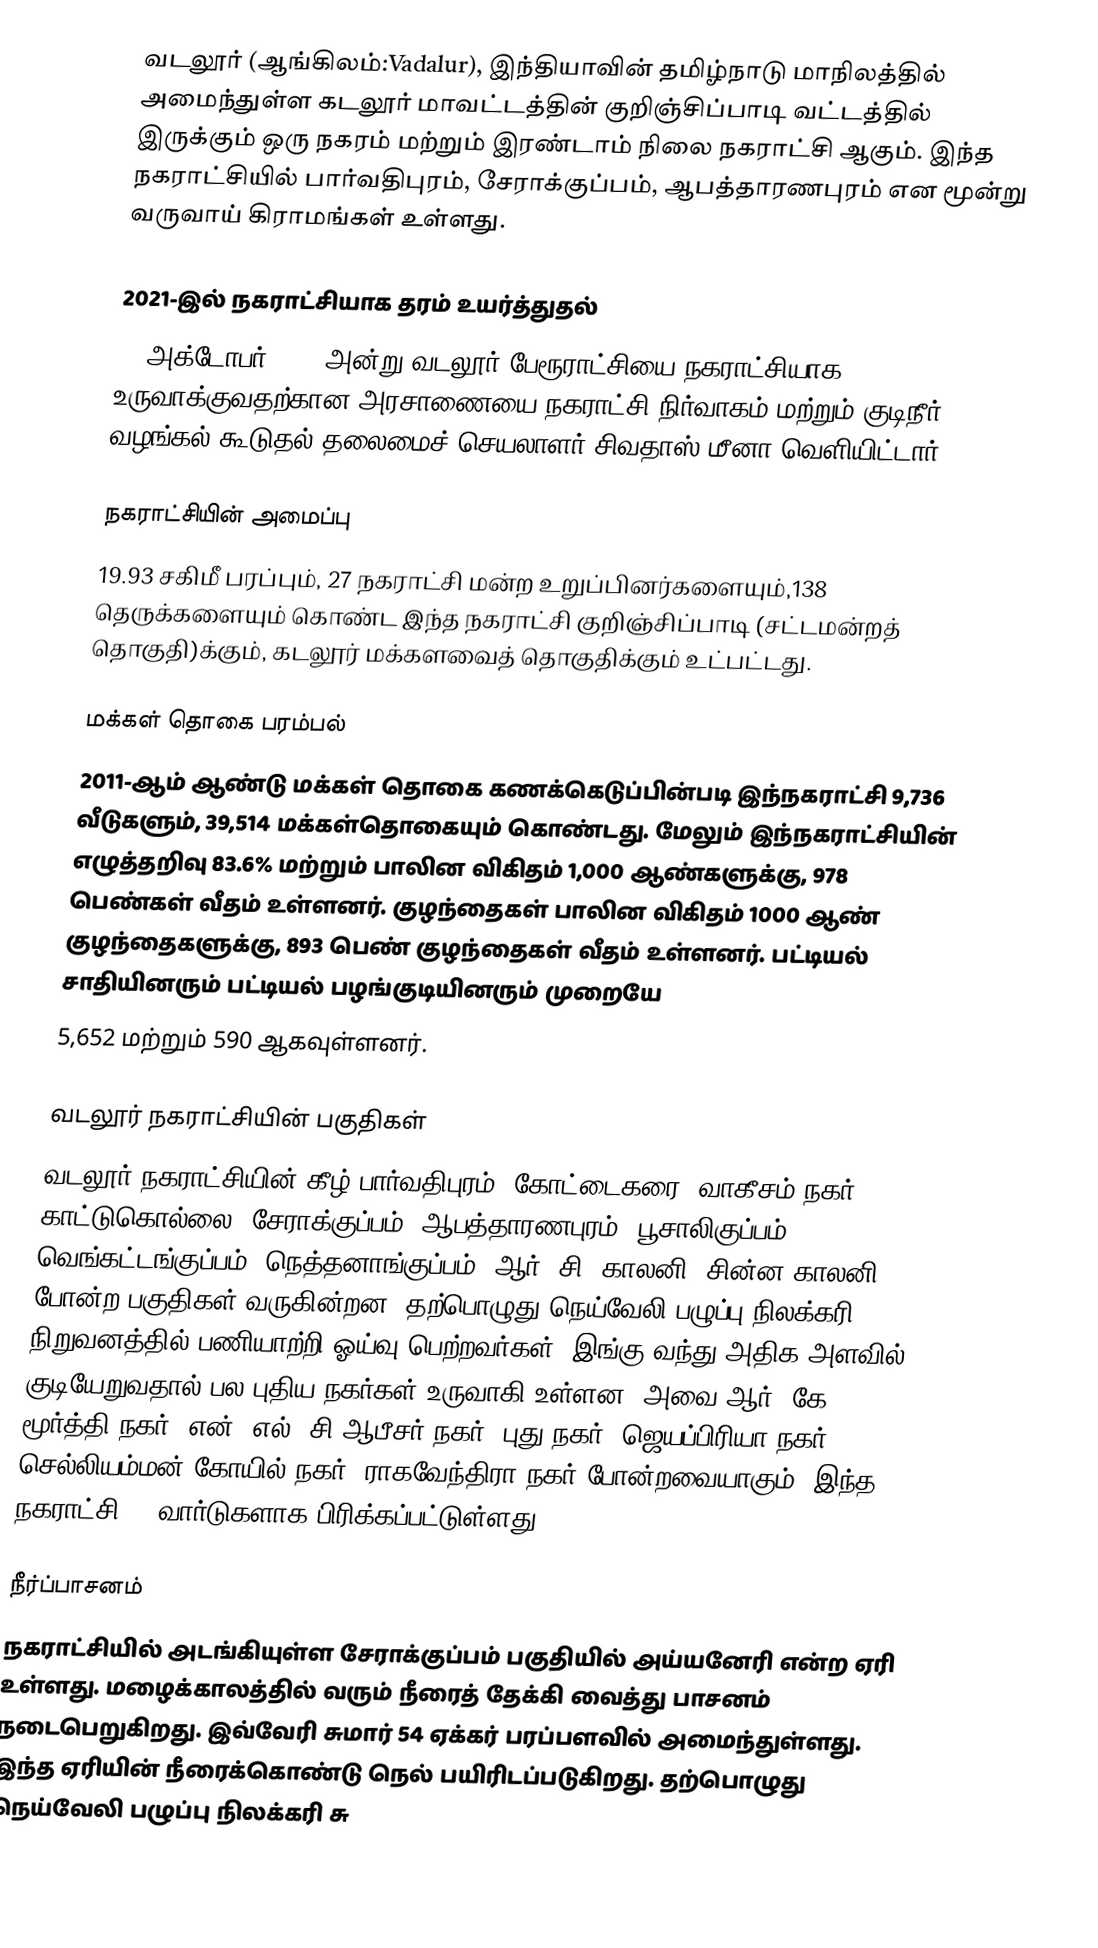
வடலூர் (ஆங்கிலம்:Vadalur), இந்தியாவின் தமிழ்நாடு மாநிலத்தில் அமைந்துள்ள கடலூர் மாவட்டத்தின் குறிஞ்சிப்பாடி வட்டத்தில் இருக்கும் ஒரு நகரம் மற்றும் இரண்டாம் நிலை நகராட்சி ஆகும். இந்த நகராட்சியில்  பார்வதிபுரம், சேராக்குப்பம், ஆபத்தாரணபுரம் என மூன்று வருவாய் கிராமங்கள் உள்ளது.

2021-இல் நகராட்சியாக தரம் உயர்த்துதல்
16 அக்டோபர் 2021 அன்று வடலூர் பேரூராட்சியை நகராட்சியாக உருவாக்குவதற்கான அரசாணையை  நகராட்சி நிர்வாகம் மற்றும் குடிநீர் வழங்கல் கூடுதல் தலைமைச் செயலாளர் சிவதாஸ் மீனா வெளியிட்டார்.

நகராட்சியின் அமைப்பு
19.93 சகிமீ பரப்பும், 27 நகராட்சி மன்ற உறுப்பினர்களையும்,138 தெருக்களையும் கொண்ட  இந்த நகராட்சி குறிஞ்சிப்பாடி (சட்டமன்றத் தொகுதி)க்கும், கடலூர் மக்களவைத் தொகுதிக்கும் உட்பட்டது.

மக்கள் தொகை பரம்பல்
2011-ஆம் ஆண்டு மக்கள் தொகை கணக்கெடுப்பின்படி   இந்நகராட்சி    9,736 வீடுகளும், 39,514 மக்கள்தொகையும் கொண்டது. மேலும் இந்நகராட்சியின் எழுத்தறிவு  83.6% மற்றும் பாலின விகிதம் 1,000 ஆண்களுக்கு, 978 பெண்கள் வீதம் உள்ளனர். குழந்தைகள் பாலின விகிதம் 1000 ஆண் குழந்தைகளுக்கு, 893 பெண் குழந்தைகள் வீதம் உள்ளனர்.  பட்டியல் சாதியினரும் பட்டியல் பழங்குடியினரும்  முறையே
5,652 மற்றும் 590 ஆகவுள்ளனர்.

வடலூர் நகராட்சியின் பகுதிகள்
வடலூர் நகராட்சியின் கீழ் பார்வதிபுரம், கோட்டைகரை, வாகீசம் நகர், காட்டுகொல்லை, சேராக்குப்பம், ஆபத்தாரணபுரம், பூசாலிகுப்பம், வெங்கட்டங்குப்பம், நெத்தனாங்குப்பம், ஆர். சி. காலனி, சின்ன காலனி போன்ற பகுதிகள் வருகின்றன.  தற்பொழுது நெய்வேலி பழுப்பு நிலக்கரி நிறுவனத்தில் பணியாற்றி ஓய்வு பெற்றவர்கள், இங்கு வந்து அதிக அளவில் குடியேறுவதால் பல புதிய நகர்கள் உருவாகி உள்ளன. அவை ஆர். கே. மூர்த்தி நகர், என். எல். சி ஆபீசர் நகர், புது நகர், ஜெயப்பிரியா நகர், செல்லியம்மன் கோயில் நகர், ராகவேந்திரா நகர் போன்றவையாகும். இந்த நகராட்சி 27 வார்டுகளாக பிரிக்கப்பட்டுள்ளது.

நீர்ப்பாசனம்
நகராட்சியில் அடங்கியுள்ள  சேராக்குப்பம் பகுதியில் அய்யனேரி என்ற ஏரி உள்ளது. மழைக்காலத்தில் வரும் நீரைத் தேக்கி வைத்து பாசனம் நடைபெறுகிறது. இவ்வேரி சுமார் 54 ஏக்கர் பரப்பளவில் அமைந்துள்ளது. இந்த ஏரியின் நீரைக்கொண்டு நெல் பயிரிடப்படுகிறது. தற்பொழுது நெய்வேலி பழுப்பு நிலக்கரி சு